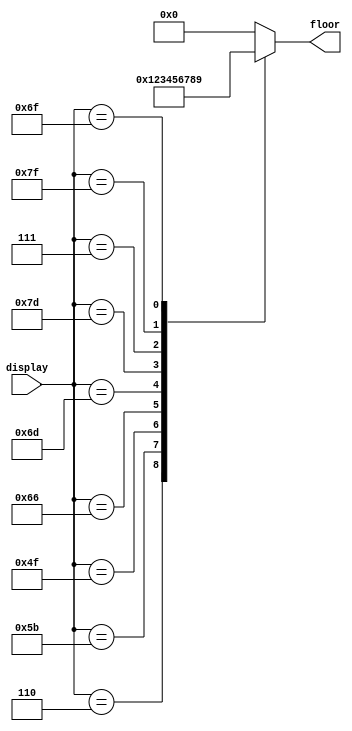
module displayEncoder (display, floor);
    input [6:0] display;
    output reg [3:0] floor;

    always @(display) begin
        case (display)
            7'b0111111: floor = 0;
            7'b0000110: floor = 1;
            7'b1011011: floor = 2;
            7'b1001111: floor = 3;
            7'b1100110: floor = 4;
            7'b1101101: floor = 5;
            7'b1111101: floor = 6;
            7'b0000111: floor = 7;
            7'b1111111: floor = 8;
            7'b1101111: floor = 9;
            default: floor = 0;
        endcase
    end
endmodule

module floorDecoder (
    floor, inside
);
    input [3:0] floor;
    output reg [9:0] inside;

    always @(floor) begin
        case (floor)
            0: inside = 10'b0000000001;
            1: inside = 10'b0000000010;
            2: inside = 10'b0000000100;
            3: inside = 10'b0000001000;
            4: inside = 10'b0000010000;
            5: inside = 10'b0000100000;
            6: inside = 10'b0001000000;
            7: inside = 10'b0010000000;
            8: inside = 10'b0100000000;
            9: inside = 10'b1000000000;
            default: inside = 0;
        endcase
    end
endmodule